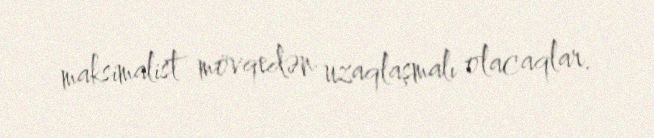
maksimalist mövqedən uzaqlaşmalı olacaqlar.